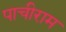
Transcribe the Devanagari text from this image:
पाचीराम